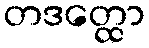
တဒတ္ထော